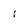
Character: 1